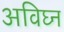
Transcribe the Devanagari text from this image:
अविघ्न